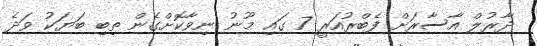
ދާރުލް އާސާރަށް ފެބްރުއަރީ 7 ގައި މޫނު ނިވާކޮށްގެން ތިބި ބަޔަކު ވަދެ